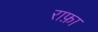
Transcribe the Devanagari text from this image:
राफ़ा